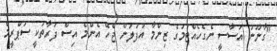
"ގާނޫނު އަސާސީ ނެގެހެއްޓުމުގެ ޒިންމާ އުފުލަން ޖެހޭ އެންމެ އިސް ފަރާތަކީ ސުޕްރީމް